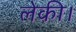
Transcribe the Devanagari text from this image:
लेकी।